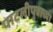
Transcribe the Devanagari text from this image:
पाटलीपुत्राच्या